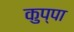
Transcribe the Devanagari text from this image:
कुप्‍पा